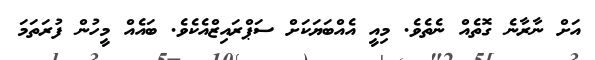
އަށް ނާރާނެ ގޮތެއް ނެތެވެ. މިއީ އެއްބަޔަކަށް ސަޕްރައިޒްއެކެވެ. ބައެއް މީހުން ފުރަތަމަ